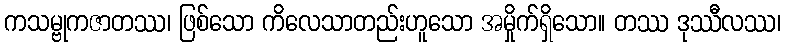
ကသမ္ဗုကဇာတဿ၊ ဖြစ်သော ကိလေသာတည်းဟူသော အမှိုက်ရှိသော။ တဿ ဒုဿီလဿ၊